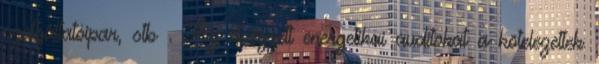
szol­gál­ta­tó­ipar, stb . Az el­vég­zett ener­ge­ti­kai au­di­to­kat a kö­te­le­zet­tek